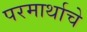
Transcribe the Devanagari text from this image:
परमार्थाचे